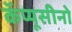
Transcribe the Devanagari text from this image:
कॅप्यूसीनो